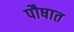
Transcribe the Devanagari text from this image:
पौषात